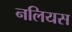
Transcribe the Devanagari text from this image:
नलियस